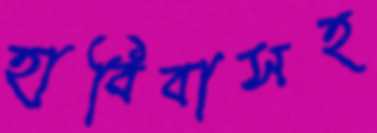
হাবিবাসহ